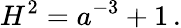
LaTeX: H^{2}=a^{-3}+1\, .